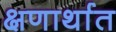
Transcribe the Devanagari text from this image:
क्षणार्थात